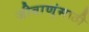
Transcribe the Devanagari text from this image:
जीवाणूंसाठी